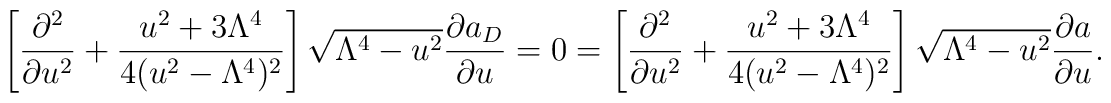
\left[{\partial^2\over \partial u^2} +{u^2+3\Lambda^4\over 4(u^2-\Lambda^4)^2}\right]\sqrt{\Lambda^4-u^2}{\partial a_D\over \partial u}=0=\left[{\partial^2\over \partial u^2}  +{u^2+3\Lambda^4\over 4(u^2-\Lambda^4)^2}\right]\sqrt{\Lambda^4-u^2}{\partial a\over \partial u}.